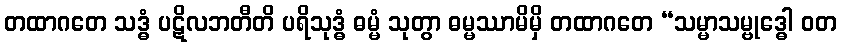
တထာဂတေ သဒ္ဓံ ပဋိလဘတီတိ ပရိသုဒ္ဓံ ဓမ္မံ သုတွာ ဓမ္မဿာမိမှိ တထာဂတေ “သမ္မာသမ္ဗုဒ္ဓေါ ဝတ